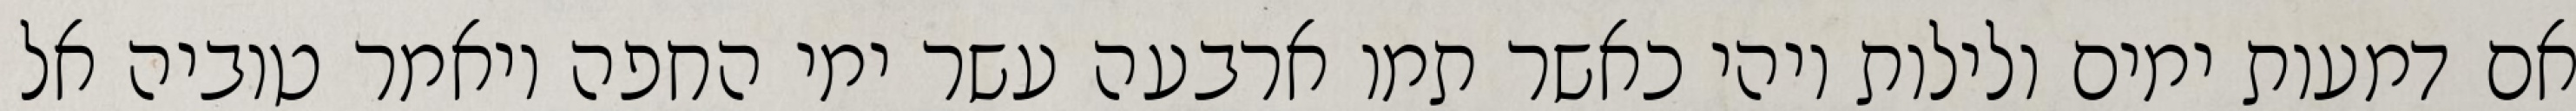
אם דמעות ימים ולילות ויהי כאשר תמו ארבעה עשר ימי החפה ויאמר טוביה אל